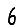
Digit: 6